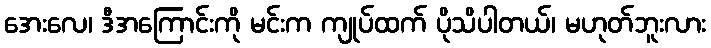
အေးလေ၊ ဒီအကြောင်းကို မင်းက ကျုပ်ထက် ပိုသိပါတယ်၊ မဟုတ်ဘူးလား